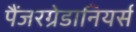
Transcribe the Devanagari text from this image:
पैंजरग्रेडानियर्स